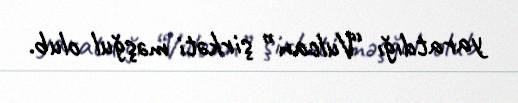
yaratdığı “Vulcan” şirkəti məşğul olub.